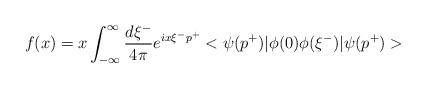
LaTeX: \begin{align*}f(x) = x \int_{-\infty}^{\infty}\frac{d\xi^-}{4\pi} e^{ix\xi^- p^+}<\psi(p^+)| \phi(0) \phi(\xi^-) | \psi(p^+)>\end{align*}